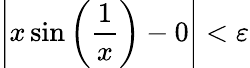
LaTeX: \left|x\sin\left({\frac{1}{x}}\right)-0\right|<\varepsilon